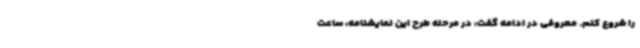
را شروع کنم. معروفی در ادامه گفت: در مرحله طرح این نمایشنامه، ساعت